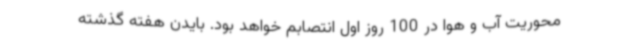
محوریت آب و هوا در 100 روز اول انتصابم خواهد بود. بایدن هفته گذشته